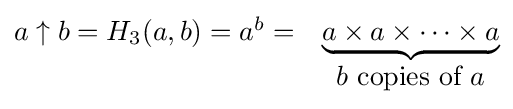
{\begin{matrix}a\uparrow b=H_{3}(a,b)=a^{b}=&\underbrace {a\times a\times \dots \times a} \\&b{\mbox{ copies of }}a\end{matrix}}